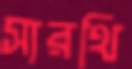
সারথি